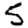
Digit: 5